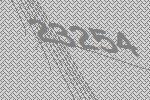
23254